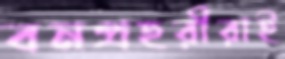
বনপ্রহরীরাই